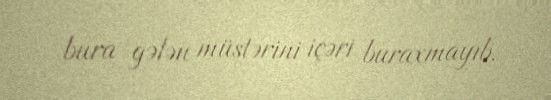
bura gələn müştərini içəri buraxmayıb.